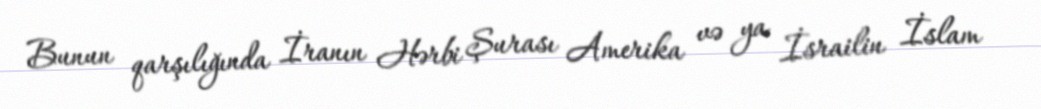
Bunun qarşılığında İranın Hərbi Şurası Amerika və ya İsrailin İslam